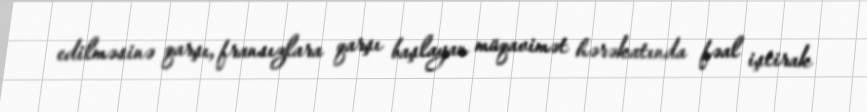
edilməsinə qarşı, fransızlara qarşı başlayan müqavimət hərəkatında fəal iştirak